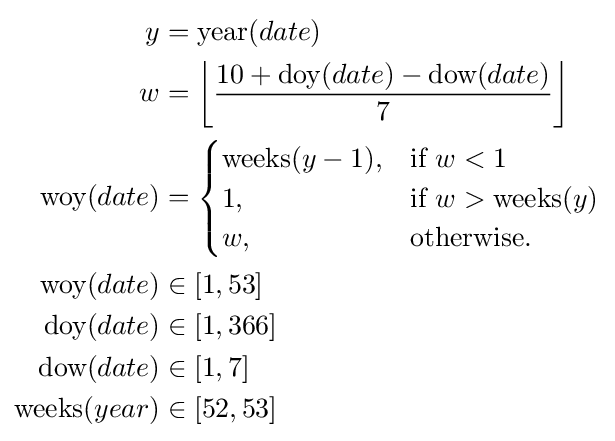
{\begin{aligned}y&={\text{year}}(date)\\w&=\left\lfloor {\frac {10+{\text{doy}}(date)-{\text{dow}}(date)}{7}}\right\rfloor \\{\text{woy}}(date)&={\begin{cases}{\text{weeks}}(y-1),&{\text{if }}w<1\\1,&{\text{if }}w>{\text{weeks}}(y)\\w,&{\text{otherwise.}}\end{cases}}\\{\text{woy}}(date)&\in [1,53]\\{\text{doy}}(date)&\in [1,366]\\{\text{dow}}(date)&\in [1,7]\\{\text{weeks}}(year)&\in [52,53]\\\end{aligned}}